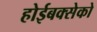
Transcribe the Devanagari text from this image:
होईबक्सेको